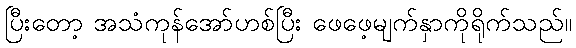
ပြီးတော့ အသံကုန်အော်ဟစ်ပြီး ဖေဖေ့မျက်နှာကိုရိုက်သည်။